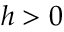
h > 0